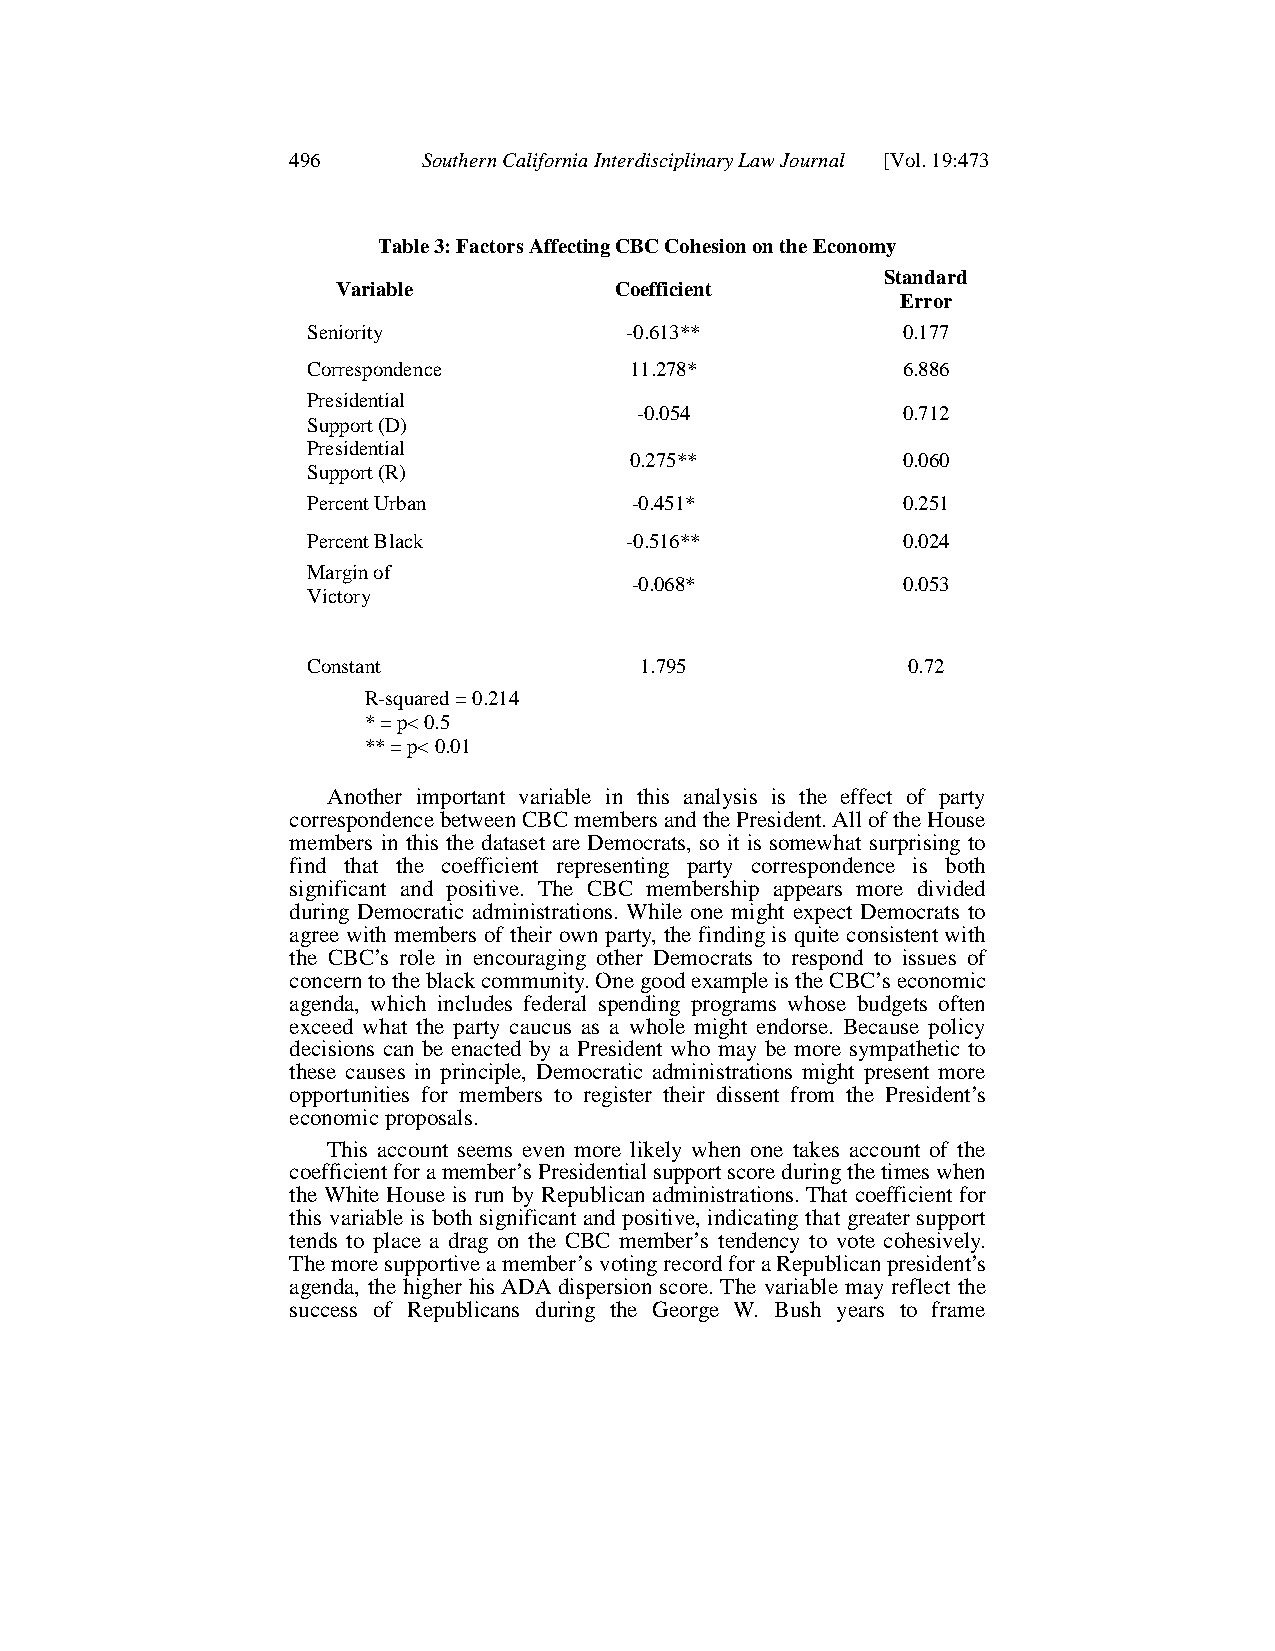
496      Southern California Interdisciplinary Law Journal [Vol. 19:473
 Table 3: Factors Affecting CBC Cohesion on the Economy
 Standard
 Variable           Coefficient
 Error
 Seniority            -0.613**           0.177
 Correspondence        11.278*           6.886
 Presidential
 -0.054            0.712
 Support (D)
 Presidential
 0.275**           0.060
 Support (R)
 Percent Urban         -0.451*           0.251
 Percent Black        -0.516**           0.024
 Margin of
 -0.068*           0.053
 Victory
 Constant              1.795             0.72
 R-squared = 0.214
 * = p< 0.5
 ** = p< 0.01
 Another important variable in this analysis is the effect of party
 correspondence between CBC members and the President.All of the House
 members in this the dataset are Democrats, so it is somewhat surprising to
 find that the coefficient representing party correspondence is both
 significant and positive. The CBC membership appears more divided
 during Democratic administrations. While one might expect Democrats to
 agree with members of their own party, the finding is quite consistent with
 the CBC’s role in encouraging other Democrats to respond to issues of
 concern to the black community.One good example is the CBC’s economic
 agenda, which includes federal spending programs whose budgets often
 exceed what the party caucus as a whole might endorse. Because policy
 decisions can be enacted by a President who may be more sympathetic to
 these causes in principle, Democratic administrations might present more
 opportunities for members to register their dissent from the President’s
 economic proposals.
 This account seems even more likely when one takes account of the
 coefficient for a member’s Presidential support score during the times when
 the White House is run by Republican administrations.That coefficient for
 this variableis both significant and positive, indicating that greater support
 tends to place a drag on the CBC member’s tendency to vote cohesively.
 The more supportive a member’s voting record for a Republican president’s
 agenda, the higher his ADA dispersion score. The variable may reflect the
 success of Republicans during the George W. Bush years to frame